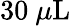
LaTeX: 30~\mu\mathrm{L}